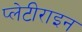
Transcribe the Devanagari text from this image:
प्लेटीराइन